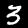
Label: 3